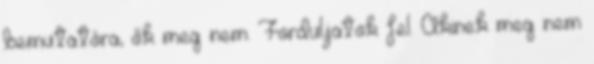
bemutatóra, ők meg nem. Forduljatok fel. Akinek meg nem